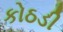
કોઠડી